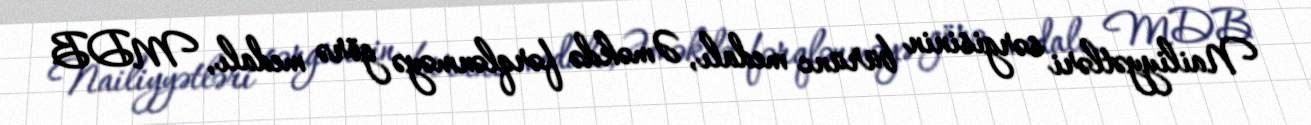
Nailiyyətləri sərgisinin bürünc medalı, Əməkdə fərqlənməyə görə medalı, MDB